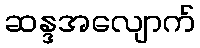
ဆန္ဒအလျောက်